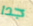
جدا